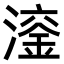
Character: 𪷙